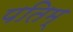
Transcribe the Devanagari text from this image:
पतिम्